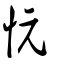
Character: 忨